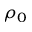
\rho _ { 0 }